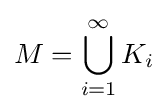
M=\bigcup _{i=1}^{\infty }K_{i}